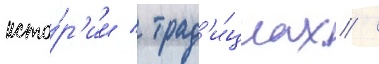
исто́р'ии / трад'и́циах /